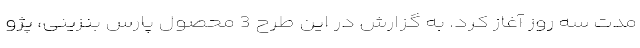
مدت سه روز آغاز کرد. به گزارش در این طرح 3 محصول پارس بنزینی، پژو